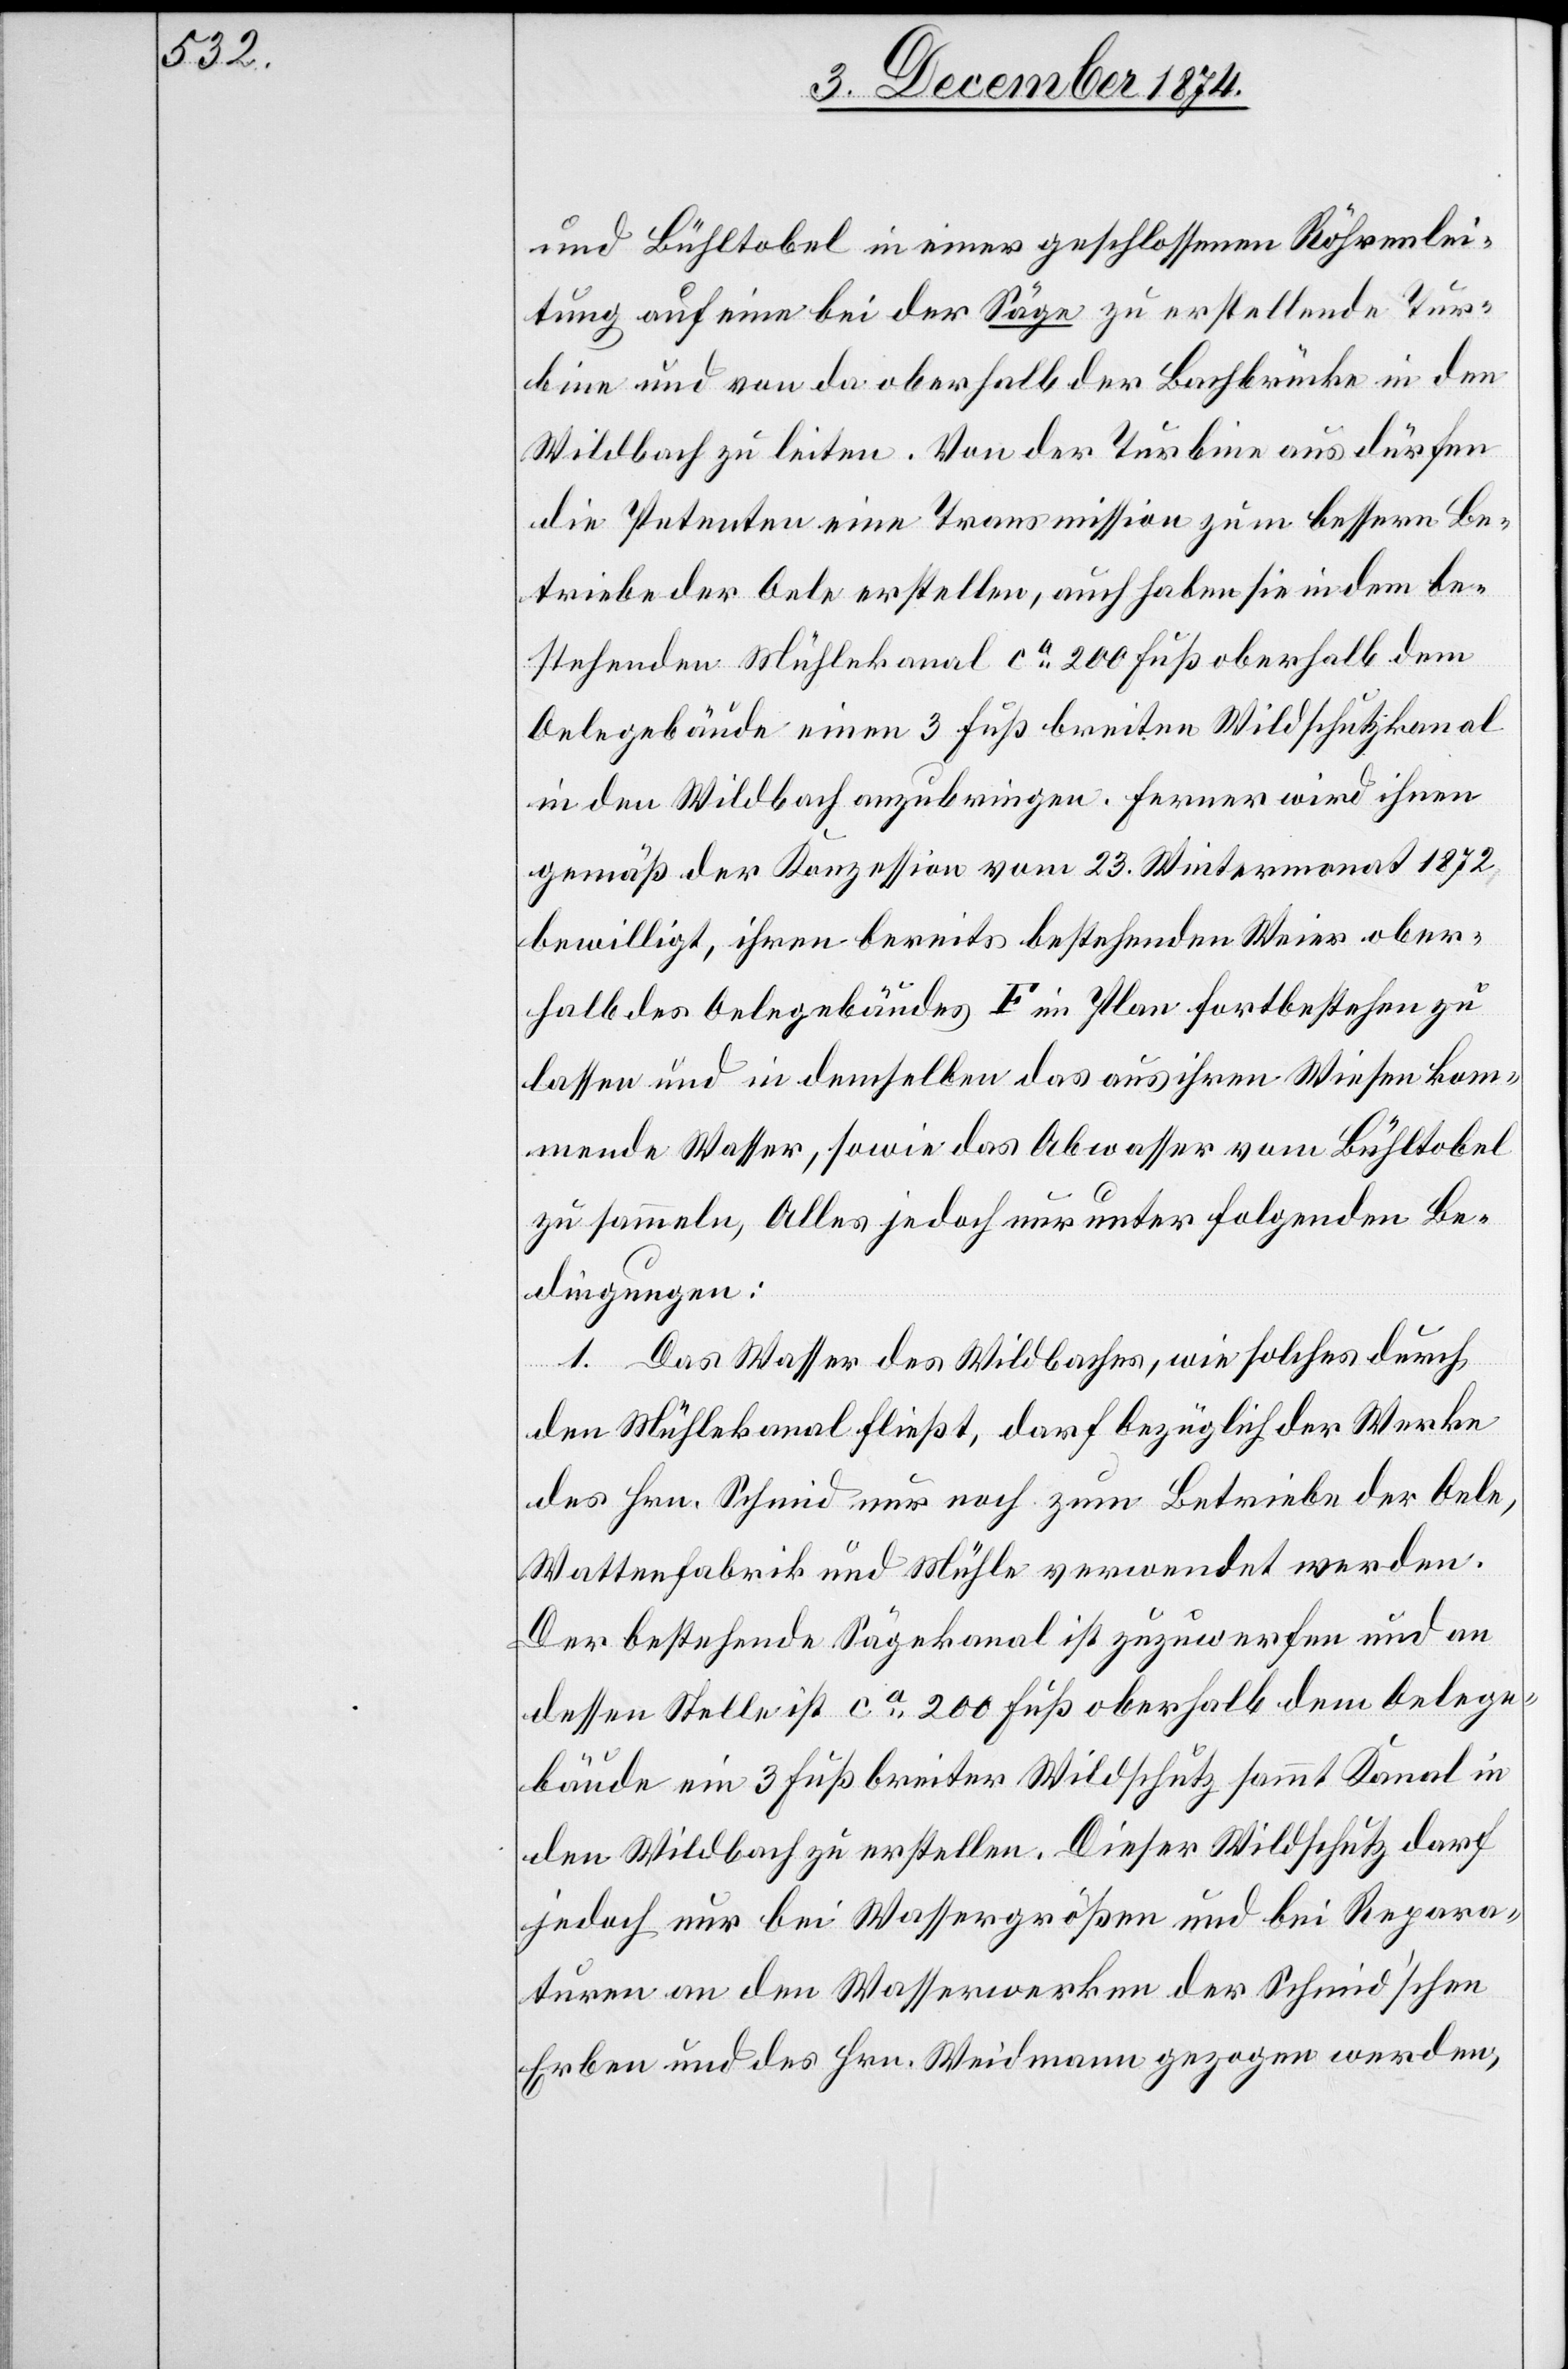
und Bühltobel in einer geschlossenen Röhrenlei¬
tung auf eine bei der Säge zu erstellende Tur¬
bine und von da oberhalb der Bachbrücke in den
Wildbach zu leiten. Von der Turbine aus dürfen
die Petenten eine Transmission zum bessern Be¬
triebe der Oele erstellen, auch haben sie in dem be¬
stehenden Mühlekanal ca 200 Fuß oberhalb dem
Oelegebäude einen 3 Fuß breiten Wildschutzkanal
in den Wildbach anzubringen. Ferner wird ihnen
gemäß der Konzession vom 23. Wintermonat 1872
bewilligt, ihren bereits bestehenden Weier ober¬
halb des Oelegebäudes F im Plan fortbestehen zu
lassen und in demselben das aus ihren Wiesen kom¬
mende Wasser, sowie das Obwasser vom Bühltobel
zu sammeln, Alles jedoch nur unter folgenden Be¬
dingungen:
1. Das Wasser des Wildbaches, wie solches durch
den Mühlekanal fließt, darf bezüglich der Werke
des Hrn. Schmid nur noch zum Betriebe der Oele,
Wattenfabrik und Mühle verwendet werden.
Der bestehende Sägekanal ist zuzuwerfen und an
dessen Stelle ist ca 200 Fuß oberhalb dem Oelege¬
bäude ein 3 Fuß breiter Wildschutz sammt Kanal in
den Wildbach zu erstellen. Dieser Wildschutz darf
jedoch nur bei Wassergößen und bei Repara¬
turen an den Wasserwerken der schmid’schen
Erben und des Hrn. Weidmann gezogen werden,